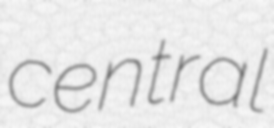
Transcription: central